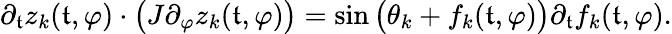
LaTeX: \partial_{\mathfrak{t}}z_{k}(\mathfrak{t},\varphi)\cdot\big(J\partial_{\varphi}z_{k}(\mathfrak{t},\varphi)\big)=\sin\big(\theta_{k}+f_{k}(\mathfrak{t},\varphi)\big)\partial_{\mathfrak{t}}f_{k}(\mathfrak{t},\varphi).